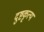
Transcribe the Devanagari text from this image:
दुष्टकृत्य